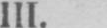
III.